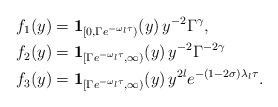
LaTeX: \begin{align*} f_{1}(y)&=\mathbf 1_{[0,\Gamma e^{-\omega_{l}\tau})}(y)\, y^{-2}\Gamma^{\gamma},\\ f_{2}(y)&=\mathbf 1_{[\Gamma e^{-\omega_{l}\tau},\infty)}(y)\,y^{-2}\Gamma^{-2\gamma}\\ f_{3}(y)&=\mathbf 1_{[\Gamma e^{-\omega_{l}\tau},\infty)}(y)\,y^{2l}e^{-(1-2\sigma)\lambda_{l}\tau}. \end{align*}